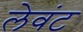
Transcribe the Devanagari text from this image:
लेवंट